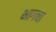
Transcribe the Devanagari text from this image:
भागचा